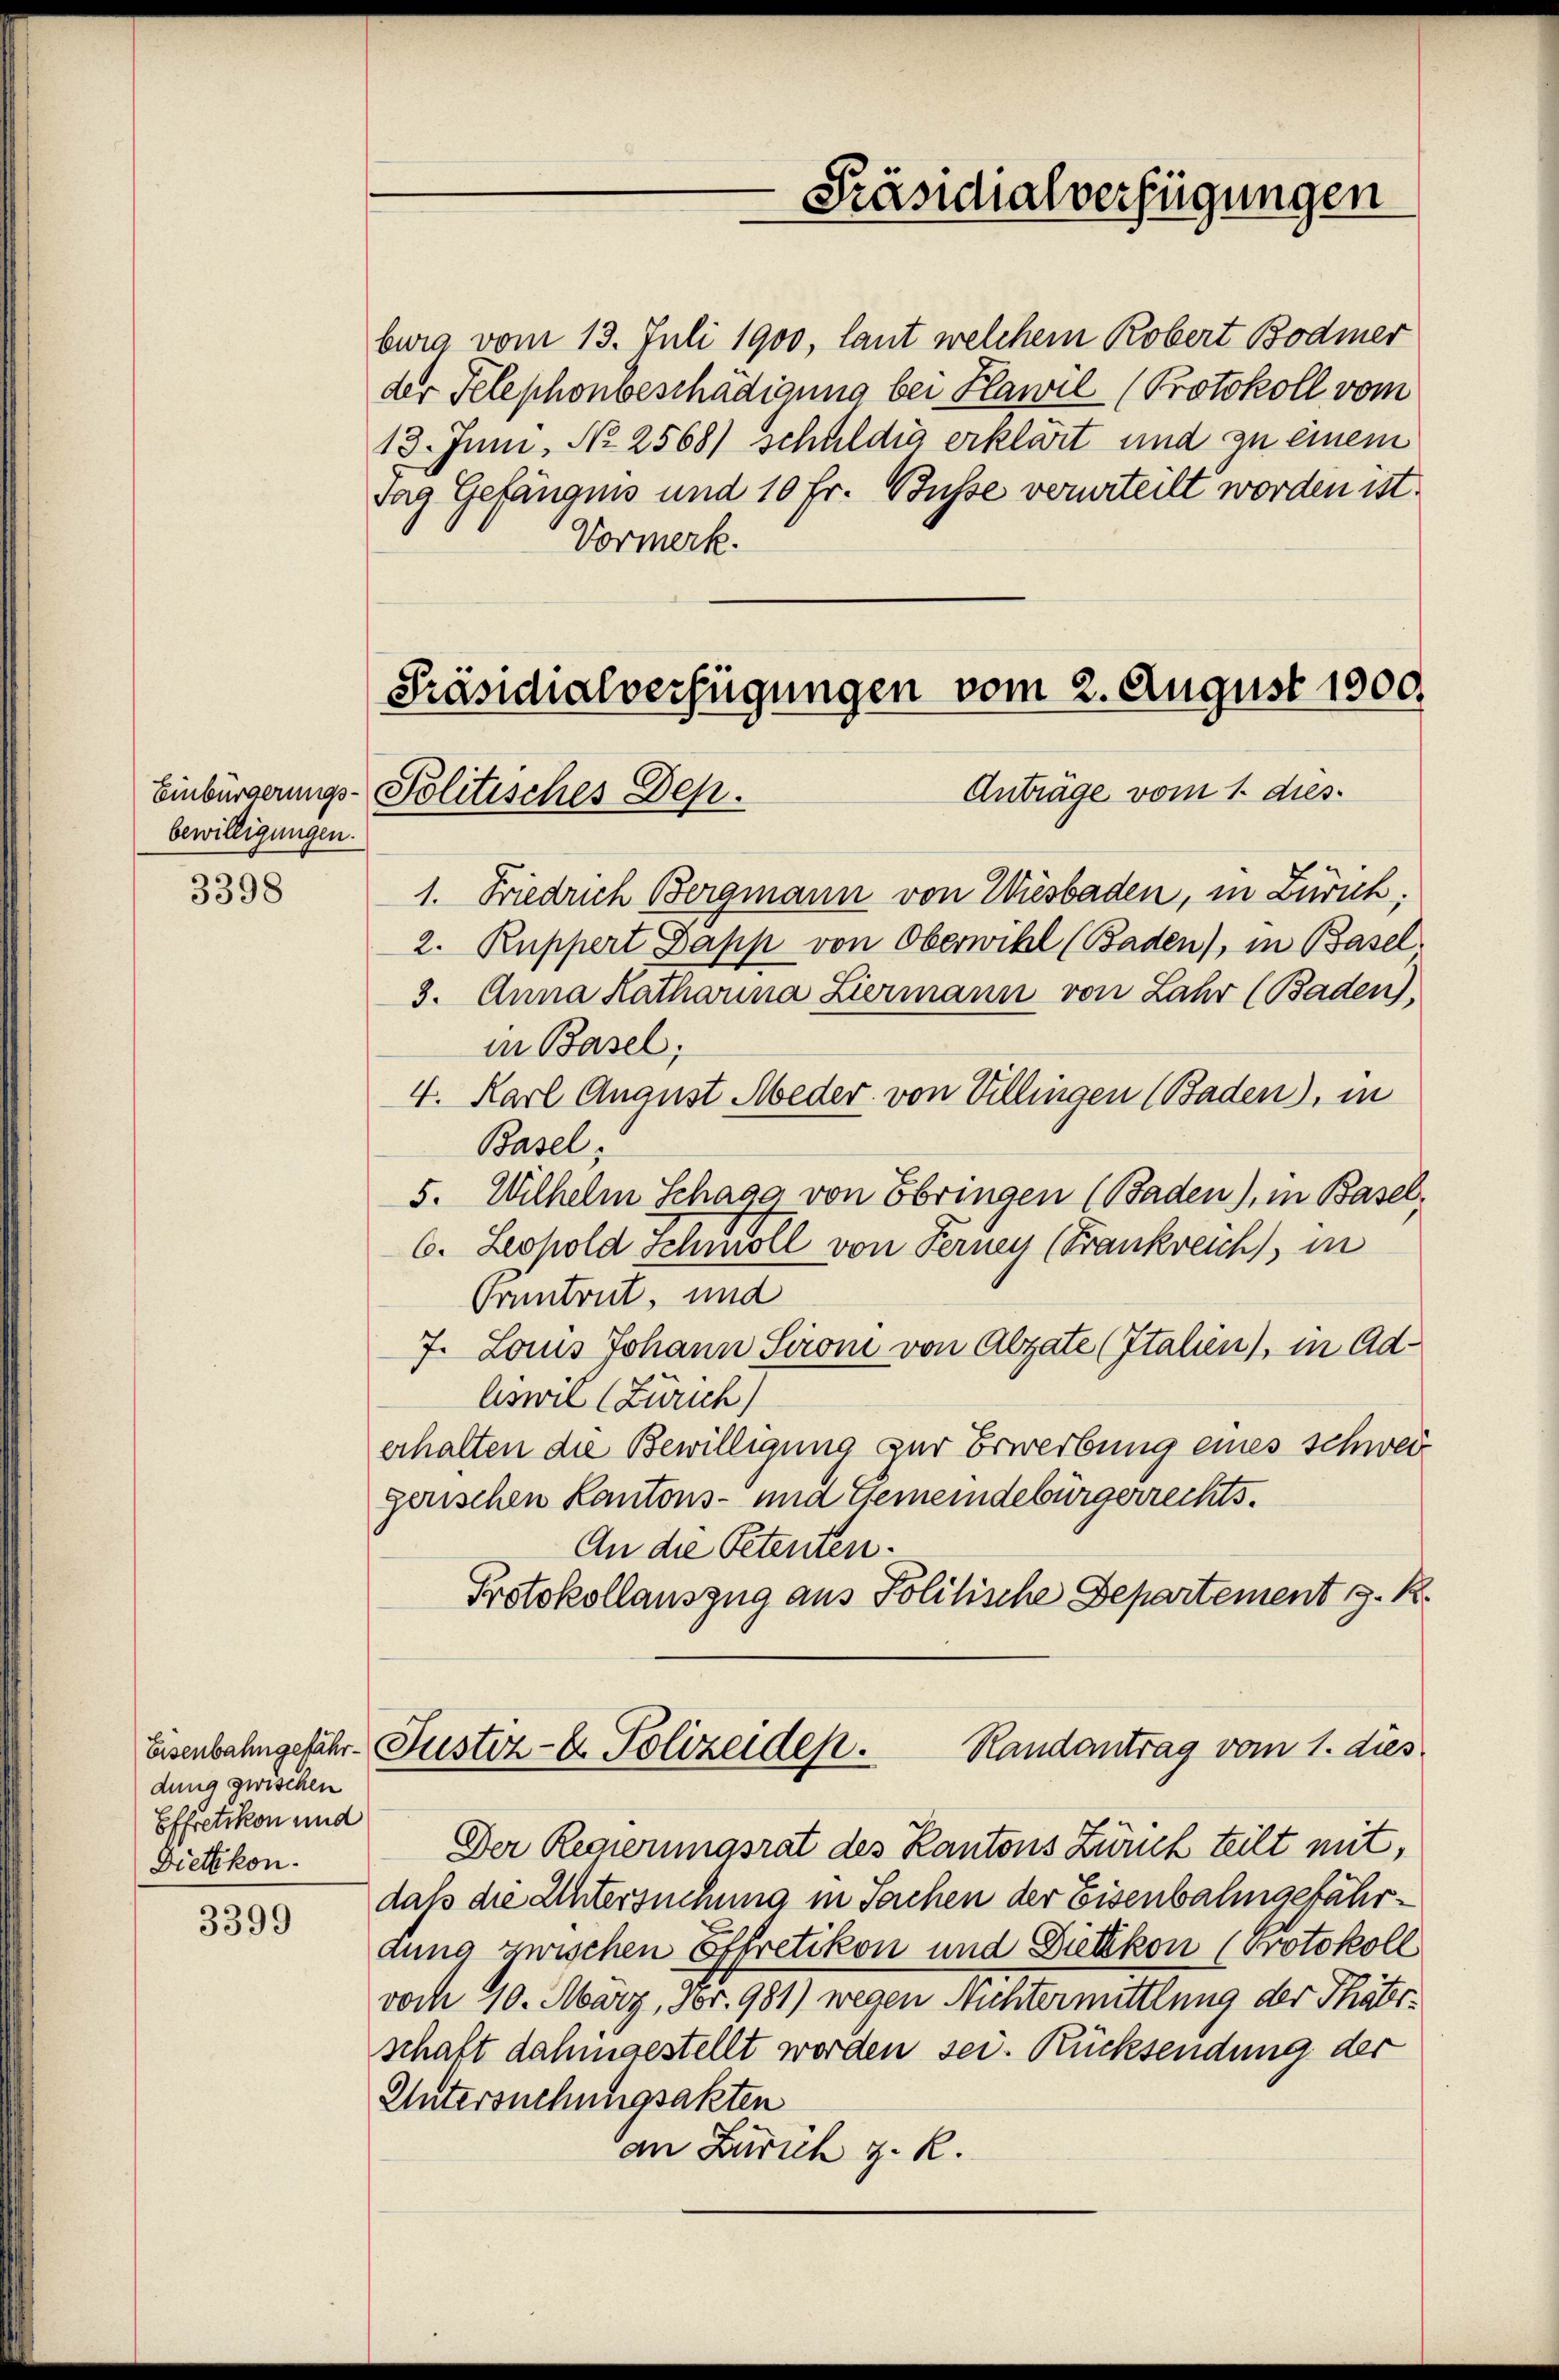
bewilligungen.

3398

burg vom 13. Juli 1900, laut welchem Robert Bodmer
der Telephonbeschädigung bei Flawil (Protokoll vom
13. Juni. No 2568) schuldig erklärt und zu einem
Tag Gefängnis und 10 Fr. Busse verurteilt worden ist.
Vormerk.

dung zwischen
Effretikon und
Dietikon.

3399

Präsidialverfügungen

Präsidialverfügungen vom 2. August 1800.
Anträge vom 1. dies
Einbürgerungs-Politisches Dep

1. Friedrich Bergmann von Wiesbaden, in Zürich;
2. Ruppert Dapp von Oberwill (Baden), in Basel
3. Anna Katharina Ziermann von Lahr (Baden),
in Basel;
4. Karl August Meder von Villingen (Baden), in
Basel;
5. Wilhelm Schagg von Ebringen (Baden), in Basel,
6. Leopold Schmöll von Ferney (Frankreich, in
Pruntrut, und
7. Laus Johann Sironi von Abzate (Italien), in Adlswie (Zürich)
erhalten die Bewilligung zur Erwerbung eines schwer
gerischen Kantons- und Gemeindebürgerrechts.
An die Petenten.
Protokollauszug aus Politische Departement z. R.
Randantrag vom 1. dies
Eisenbahngefähr Justiz- & Polizeiden.
Der Regierungsrat des Kantons Zürch teilt mit,
daß die Untersuchung in Sachen der Eisenbalingefährdung zwischen Effretikon und Dietikon (Protokoll
voch 10. März, 50r. 981) wegen Nichtermittlung der Thäterschaft dahingestellt worden sei. Rücksendung der
Untersuchungsakten
an Zürich z. R.